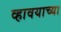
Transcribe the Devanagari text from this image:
व्हावयाच्या